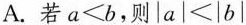
A.若$$a<b$$，则$$|a|<|b|$$